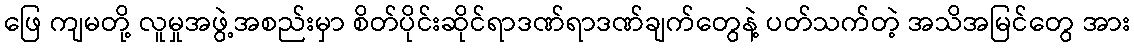
ဖြေ ကျမတို့ လူမှုအဖွဲ့အစည်းမှာ စိတ်ပိုင်းဆိုင်ရာဒဏ်ရာဒဏ်ချက်တွေနဲ့ ပတ်သက်တဲ့ အသိအမြင်တွေ အား